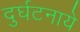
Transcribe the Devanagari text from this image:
दुर्घटनाये